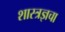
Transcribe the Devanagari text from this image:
शास्त्रज्ञचा